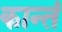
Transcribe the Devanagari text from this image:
कान्तं